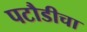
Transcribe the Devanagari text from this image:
पटौडीचा